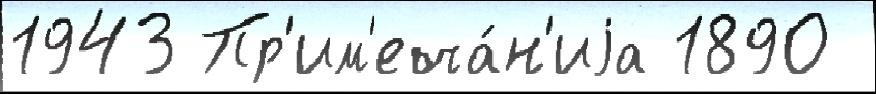
1943 Пр'им'еча́н'иjа 1890